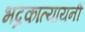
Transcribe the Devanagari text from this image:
भद्रकात्यायनी